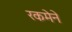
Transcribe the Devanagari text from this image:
रकमेने